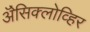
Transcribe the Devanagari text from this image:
ॲेसिक्लोव्हिर